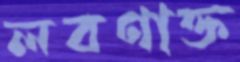
লবণাক্ত